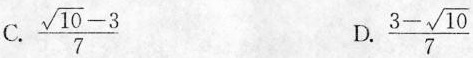
C. $$\frac { \sqrt { 1 0 } - 3 } { 7 }$$ D. $$\frac { 3 - \sqrt { 1 0 } } { 7 }$$